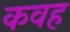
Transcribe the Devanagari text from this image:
कवह